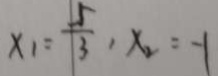
x _ { 1 } = \frac { 5 } { 3 } , x _ { 2 } = - 1